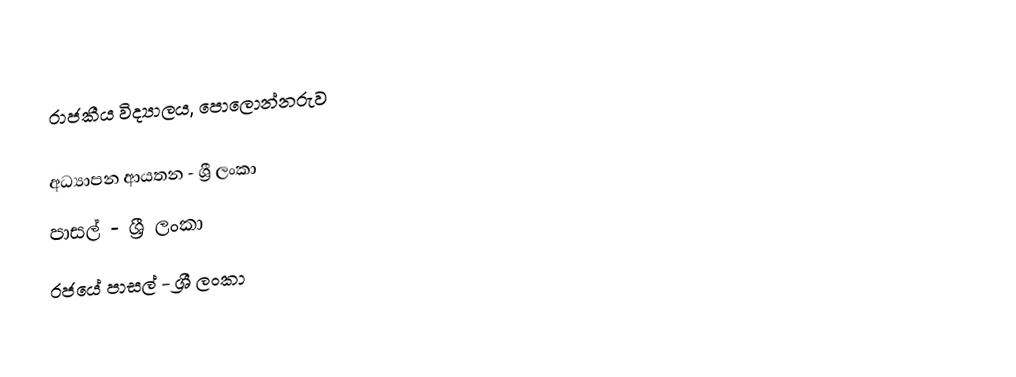
රාජකීය විද්‍යාලය, පොලොන්නරුව

අධ්‍යාපන ආයතන - ශ්‍රී ලංකා
පාසල් - ශ්‍රී ලංකා
රජයේ පාසල් - ශ්‍රී ලංකා